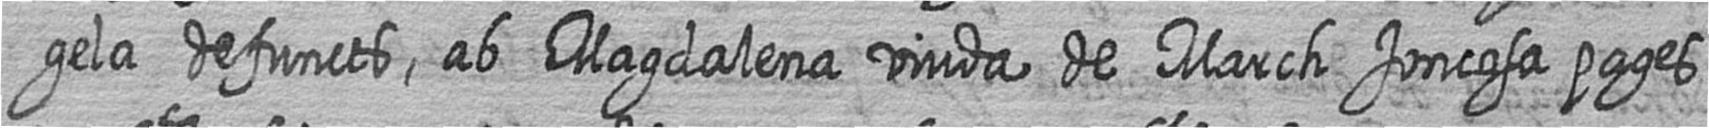
gela defuncts ab Magdalena viuda de March Joncosa pages